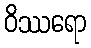
ဝိဿရော